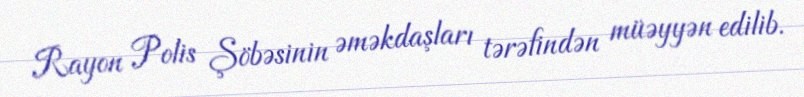
Rayon Polis Şöbəsinin əməkdaşları tərəfindən müəyyən edilib.